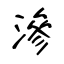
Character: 滲